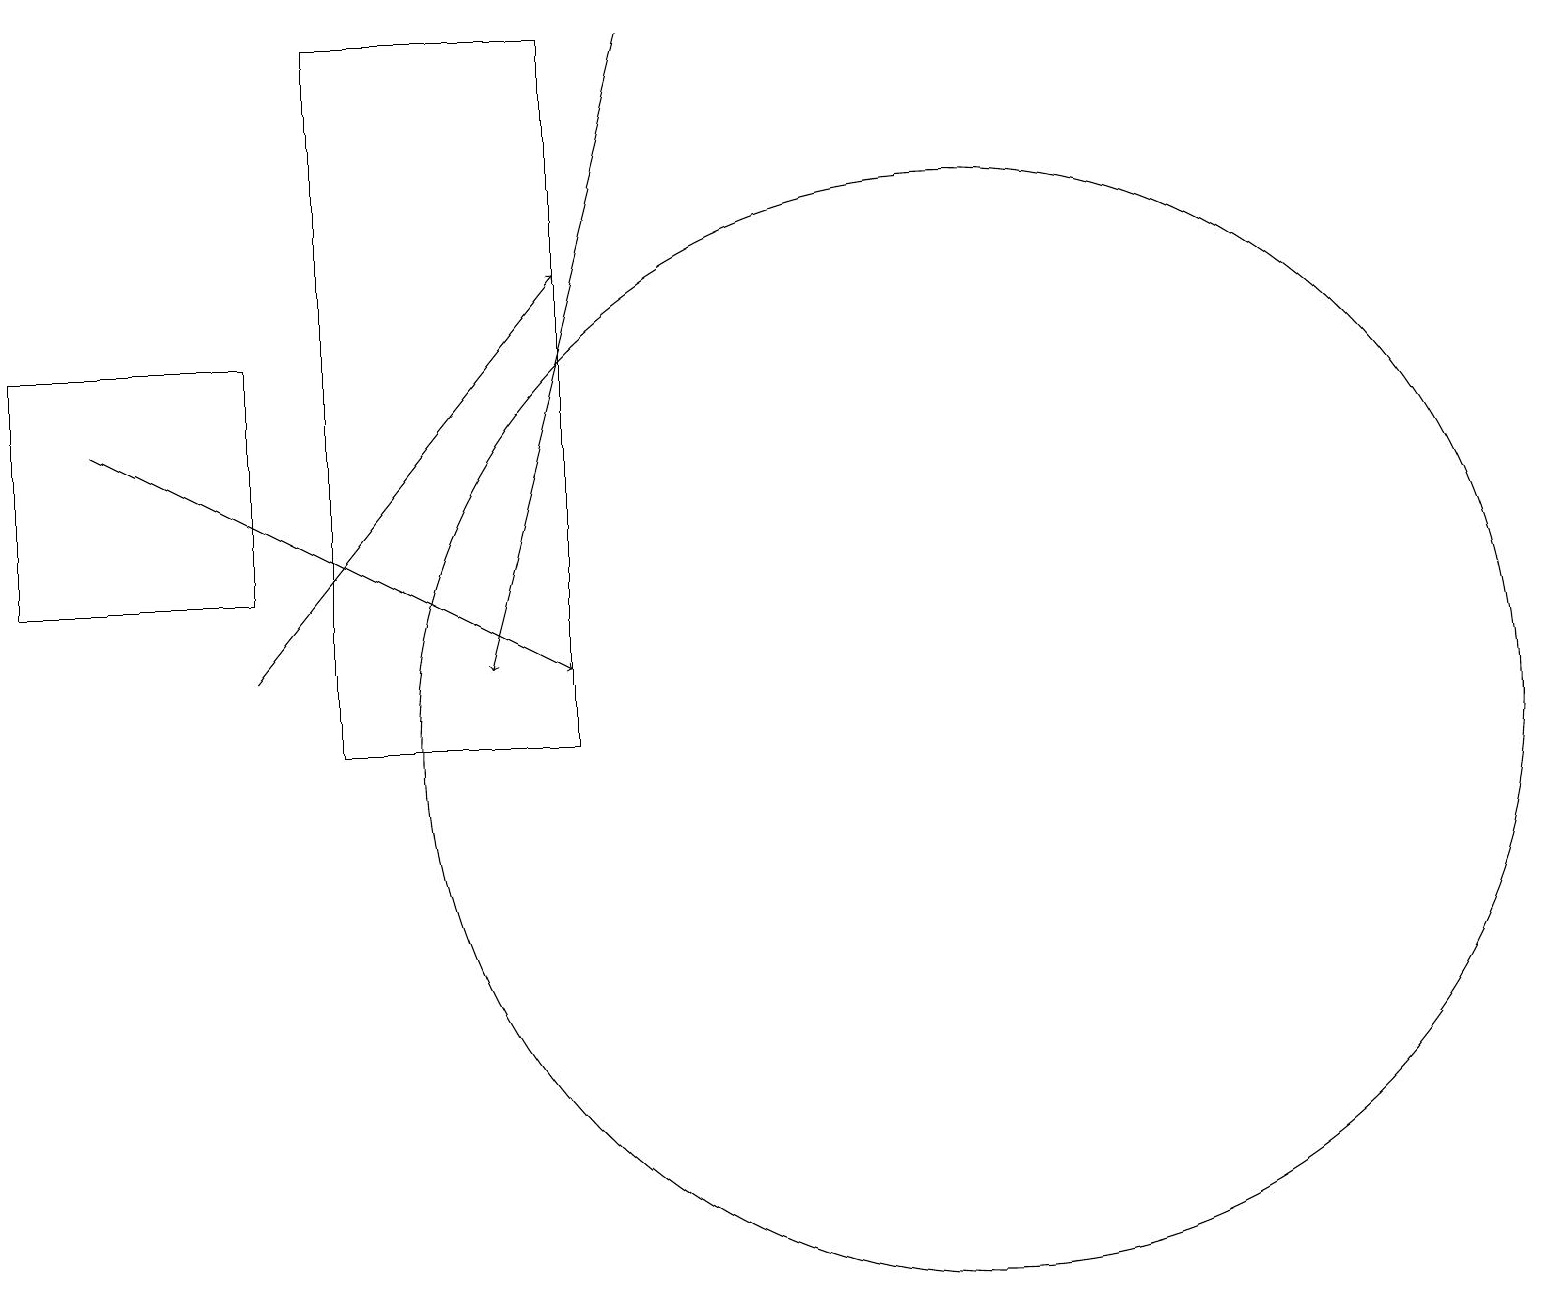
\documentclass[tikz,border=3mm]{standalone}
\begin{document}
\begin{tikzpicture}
\draw (3,15) rectangle (0,12);
\draw (7,10) rectangle (4,19);
\draw (12,10) circle (7);
\draw[->] (3,11) -- (7,16);
\draw[->] (8,19) -- (6,11);
\draw[->] (1,14) -- (7,11);
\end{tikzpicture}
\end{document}